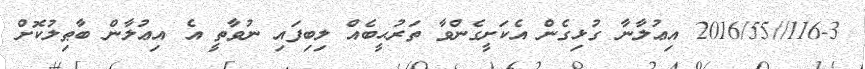
116-3//2016/55 އިޢުލާނާ ގުޅިގެން އެކަށީގެންވާ ތަރުޙީބެއް ލިބިފައި ނުވާތީ އެ އިޢުލާން ބާޠިލުކޮށް